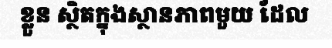
ខ្លួន ស្ថិតក្នុងស្ថានភាពមួយ ដែល